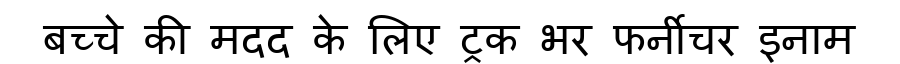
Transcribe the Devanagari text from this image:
बच्चे की मदद के लिए ट्रक भर फर्नीचर इनाम